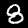
Label: 8